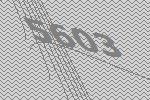
5603